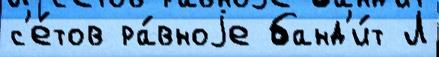
с'е́тов ра́вноjе банд'и́т Л